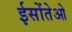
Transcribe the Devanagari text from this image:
ईसोंतेओ